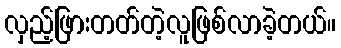
လှည့်ဖြားတတ်တဲ့လူဖြစ်လာခဲ့တယ်။